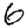
Digit: 6